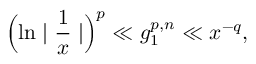
\Bigl ( \ln \mid { \frac { 1 } { x } } \mid \Bigr ) ^ { p } \ll g _ { 1 } ^ { p , n } \ll x ^ { - q } ,